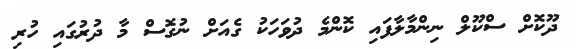
ދޫކޮށް ސްކޫލް ނިންމާލާފައި ކޮންމެ ދުވަހަކު ގެއަށް ނުގޮސް މާ ދުރުގައި ހުރި